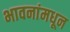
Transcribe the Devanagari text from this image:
भावनांमधून